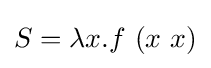
S=\lambda x.f\ (x\ x)